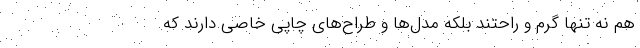
هم نه تنها گرم و راحتند بلکه مدل‌ها و طراح‌های چاپی خاصی دارند که